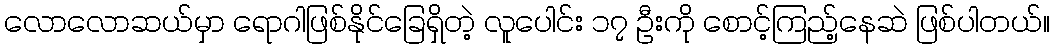
လောလောဆယ်မှာ ရောဂါဖြစ်နိုင်ခြေရှိတဲ့ လူပေါင်း ၁၇ ဦးကို စောင့်ကြည့်နေဆဲ ဖြစ်ပါတယ်။